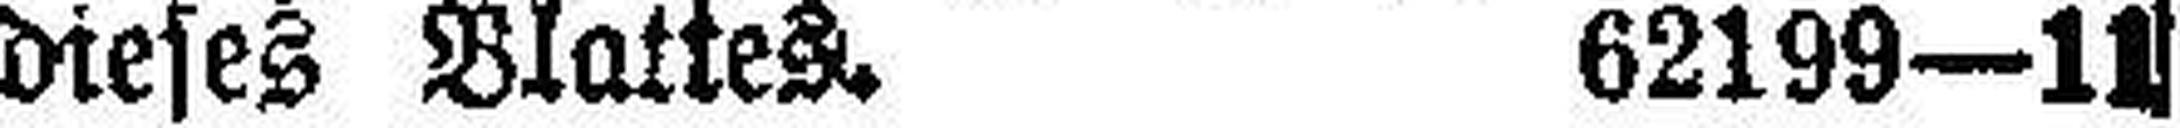
dieses Blattes. 62199—11